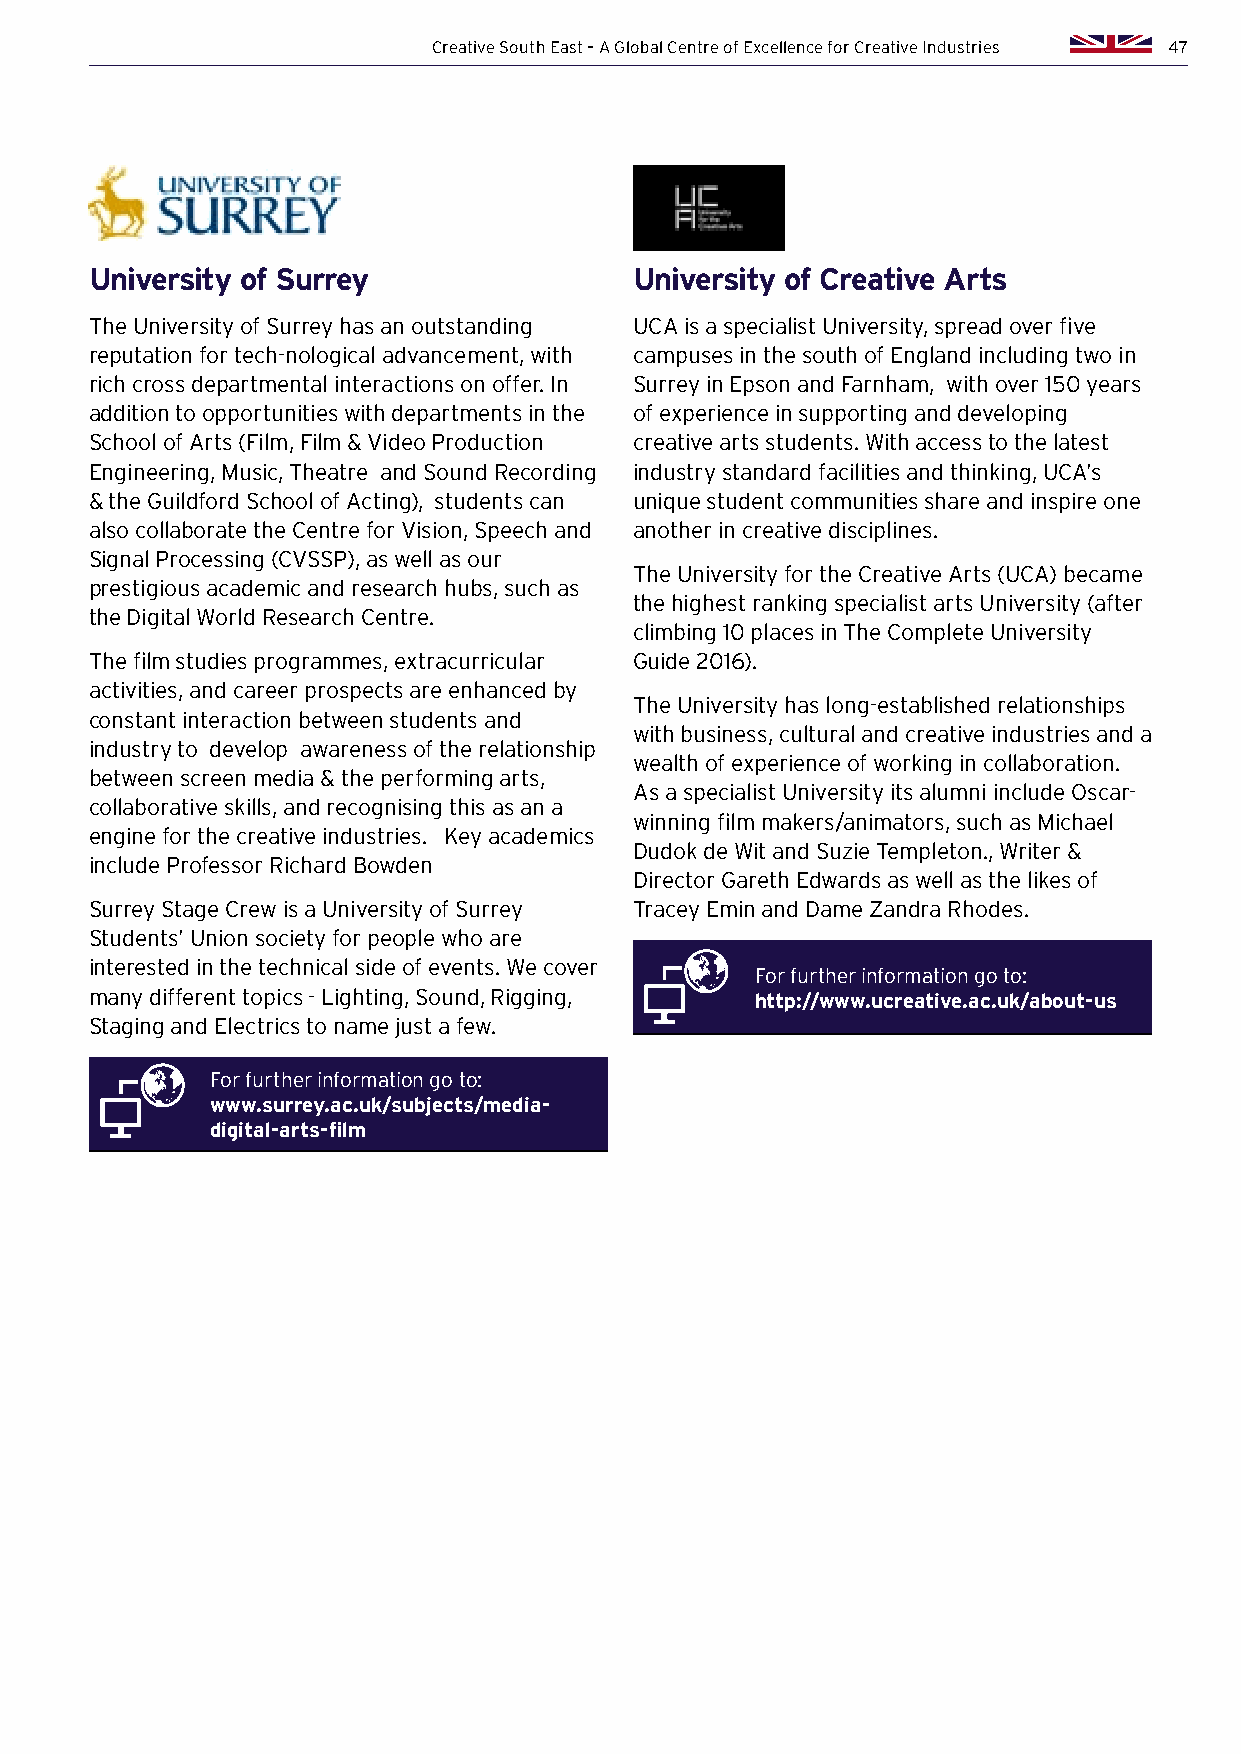
Creative South East – A Global Centre of Excellence for Creative Industries 47
 University of Surrey                University of Creative Arts
 The University of Surrey has an outstanding UCA is a specialist University, spread over five
 reputation for tech-nological advancement, with campuses in the south of England including two in
 rich cross departmental interactions on offer. In Surrey in Epson and Farnham, with over 150 years
 addition to opportunities with departments in the of experience in supporting and developing
 School of Arts (Film, Film & Video Production creative arts students. With access to the latest
 Engineering, Music, Theatre and Sound Recording industry standard facilities and thinking, UCA’s
 & the Guildford School of Acting), students can unique student communities share and inspire one
 also collaborate the Centre for Vision, Speech and another in creative disciplines.
 Signal Processing (CVSSP), as well as our
 The University for the Creative Arts (UCA) became
 prestigious academic and research hubs, such as
 the highest ranking specialist arts University (after
 the Digital World Research Centre.
 climbing 10 places in The Complete University
 The film studies programmes, extracurricular Guide 2016).
 activities, and career prospects are enhanced by
 The University has long-established relationships
 constant interaction between students and
 with business, cultural and creative industries and a
 industry to develop awareness of the relationship
 wealth of experience of working in collaboration.
 between screen media & the performing arts,
 As a specialist University its alumni include Oscar-
 collaborative skills, and recognising this as an a
 winning film makers/animators, such as Michael
 engine for the creative industries. Key academics
 Dudok de Wit and Suzie Templeton., Writer &
 include Professor Richard Bowden
 Director Gareth Edwards as well as the likes of
 Surrey Stage Crew is a University of Surrey Tracey Emin and Dame Zandra Rhodes.
 Students’ Union society for people who are
 interested in the technical side of events. We cover
 For further information go to:
 many different topics - Lighting, Sound, Rigging, http://www.ucreative.ac.uk/about-us
 Staging and Electrics to name just a few.
 For further information go to:
 www.surrey.ac.uk/subjects/media-
 digital-arts-film